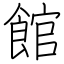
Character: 館